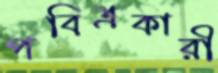
পবিত্রকারী